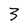
Character: 3